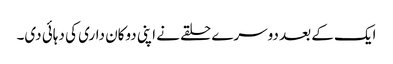
ایک کے بعد دوسرے حلقے نے اپنی دوکان داری کی دہائی دی۔